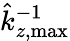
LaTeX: \hat{k}_{z,\mathrm{max}}^{-1}